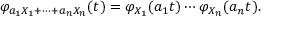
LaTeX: \varphi _ { a _ { 1 } X _ { 1 } + \cdots + a _ { n } X _ { n } } ( t ) = \varphi _ { X _ { 1 } } ( a _ { 1 } t ) \cdots \varphi _ { X _ { n } } ( a _ { n } t ) .